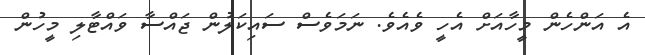
އެ އަންހެން މީހާއަށް އެހީ ވެއެވެ. ނަމަވެސް ސައިކަލުން ޖައްސާ ވައްޓާލި މީހުން